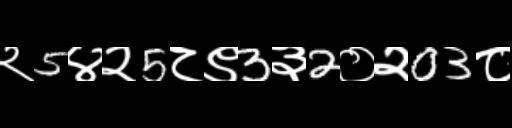
Text: २5४२5८९3३2०२03८